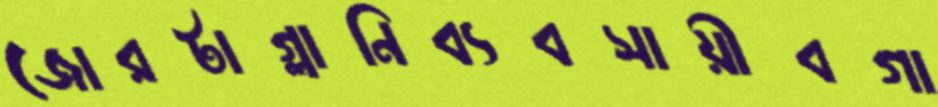
জোরটাগ্লানিব্যবসায়ীবগা